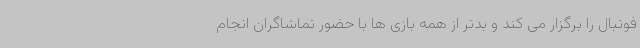
فوتبال را برگزار می کند و بدتر از همه بازی ها با حضور تماشاگران انجام